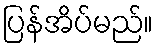
ပြန်အိပ်မည်။